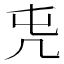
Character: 𠘸